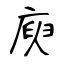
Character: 庾